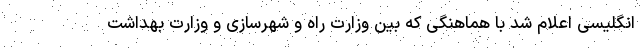
انگلیسی اعلام شد با هماهنگی که بین وزارت راه و شهرسازی و وزارت بهداشت